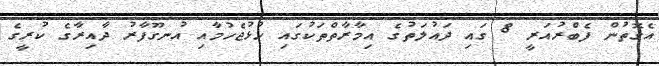
އެގޮތުން ފެބްރުއަރީ 8 ގައި ދައުލަތުގެ އިމާރާތްތަކުގައި ހުޅުޖެހުމާއި އުނގޫފާރު ދާއިރާގެ ކުރީގެ